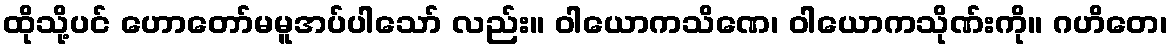
ထိုသို့ပင် ဟောတော်မမူအပ်ပါသော် လည်း။ ဝါယောကသိဏေ၊ ဝါယောကသိုဏ်းကို။ ဂဟိတေ၊